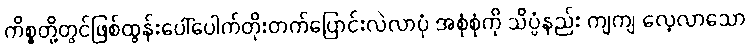
ကိစ္စတို့တွင်ဖြစ်ထွန်းပေါ်ပေါက်တိုးတက်ပြောင်းလဲလာပုံ အစုံစုံကို သိပ္ပံနည်း ကျကျ လေ့လာသော